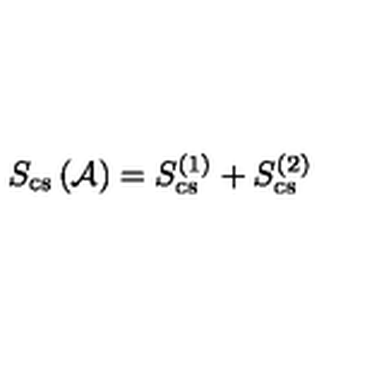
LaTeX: S _ { \mathrm { c s } } \left( { \cal A } \right) = S _ { \mathrm { c s } } ^ { ( 1 ) } + S _ { \mathrm { c s } } ^ { ( 2 ) }